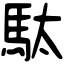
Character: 駄